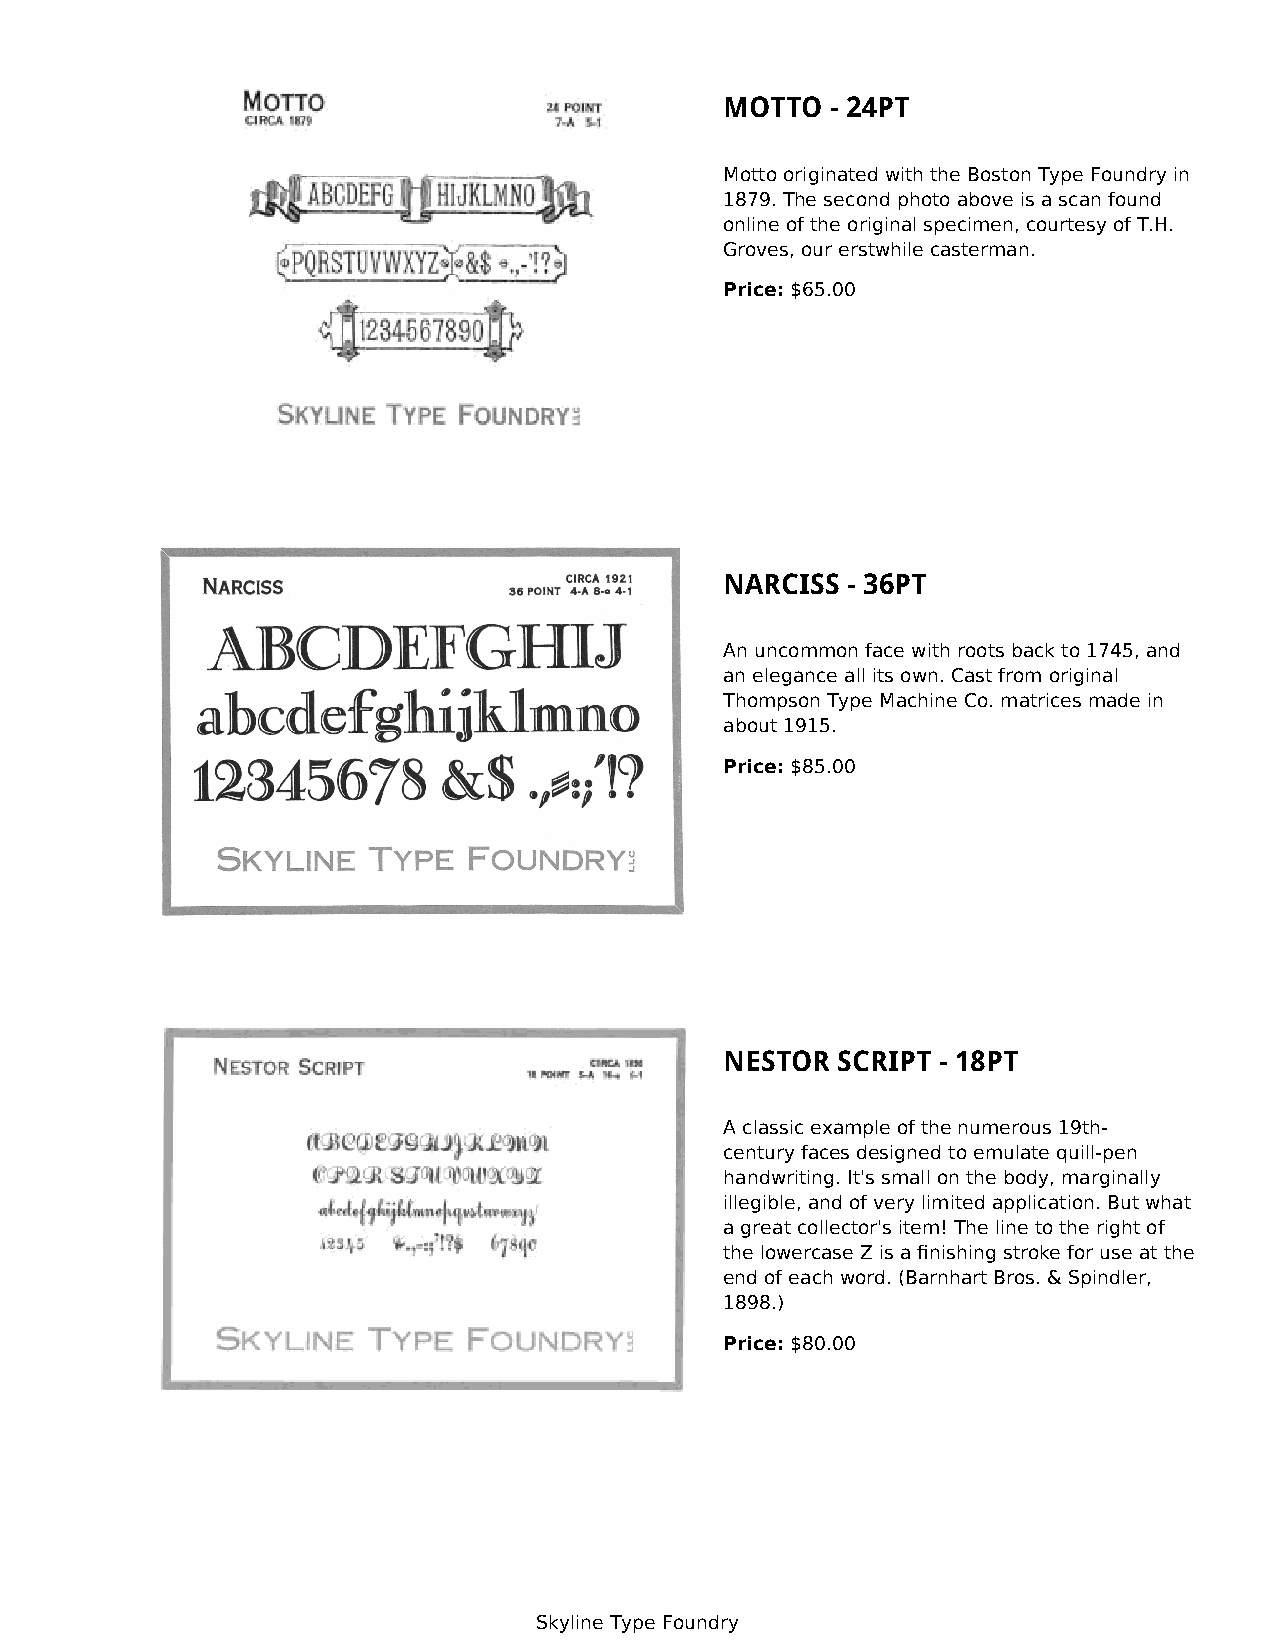
MOTTO  - 24PT
 Motto originated with the Boston Type Foundry in
 1879. The second photo above is a scan found
 online of the original specimen, courtesy of T.H.
 Groves, our erstwhile casterman.
 Price: $65.00
 NARCISS - 36PT
 An uncommon face with roots back to 1745, and
 an elegance all its own. Cast from original
 Thompson Type Machine Co. matrices made in
 about 1915.
 Price: $85.00
 NESTOR SCRIPT - 18PT
 A classic example of the numerous 19th-
 century faces designed to emulate quill-pen
 handwriting. It's small on the body, marginally
 illegible, and of very limited application. But what
 a great collector's item! The line to the right of
 the lowercase Z is a finishing stroke for use at the
 end of each word. (Barnhart Bros. & Spindler,
 1898.)
 Price: $80.00
 Skyline Type Foundry